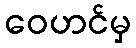
ဝေဟင်မှ